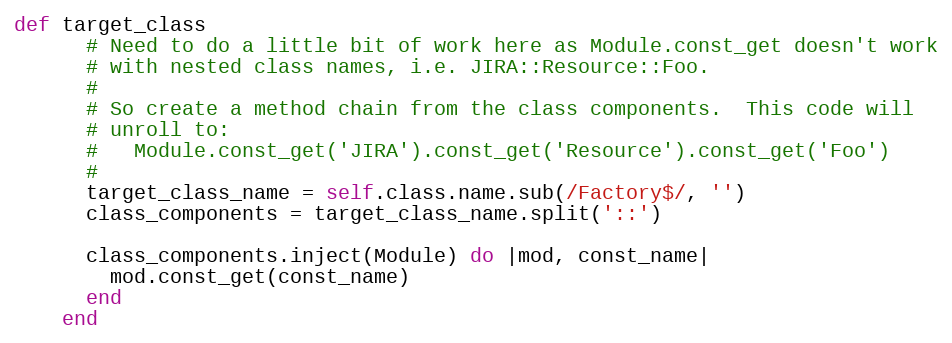
Language: Ruby
def target_class
      # Need to do a little bit of work here as Module.const_get doesn't work
      # with nested class names, i.e. JIRA::Resource::Foo.
      #
      # So create a method chain from the class components.  This code will
      # unroll to:
      #   Module.const_get('JIRA').const_get('Resource').const_get('Foo')
      #
      target_class_name = self.class.name.sub(/Factory$/, '')
      class_components = target_class_name.split('::')

      class_components.inject(Module) do |mod, const_name|
        mod.const_get(const_name)
      end
    end